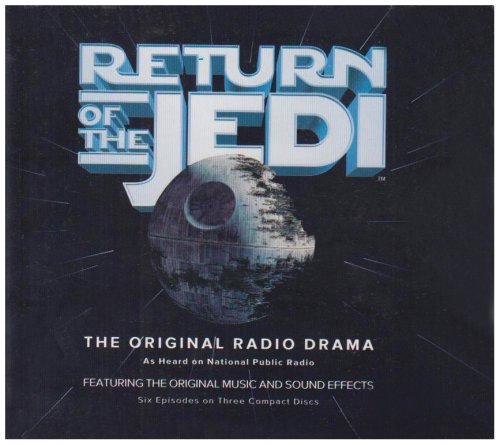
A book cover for Return of the Jedi (Star Wars (Penguin Audio)); Lucasfilm Ltd.; Teen & Young Adult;